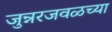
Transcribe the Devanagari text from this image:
जुन्नरजवळच्या